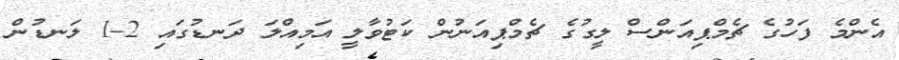
އެންމެ ފަހުގެ ޗެމްޕިއަންސް ލީގުގެ ޗެމްޕިއަނުން ކަޓުވާލީ އަމިއްލަ ދަނޑުގައި 2-1 ލަނޑުން